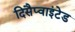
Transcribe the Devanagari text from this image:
दिसैप्वाइंटेड